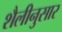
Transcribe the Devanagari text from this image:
शैलीनुसार